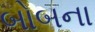
બોબના